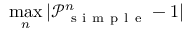
\operatorname* { m a x } _ { n } | \mathcal P _ { \mathrm { ~ s ~ i ~ m ~ p ~ l ~ e ~ } } ^ { n } - 1 |